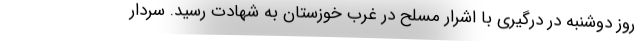
روز دوشنبه در درگیری با اشرار مسلح در غرب خوزستان به شهادت رسید. سردار